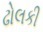
ઢોલકી